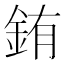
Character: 銪